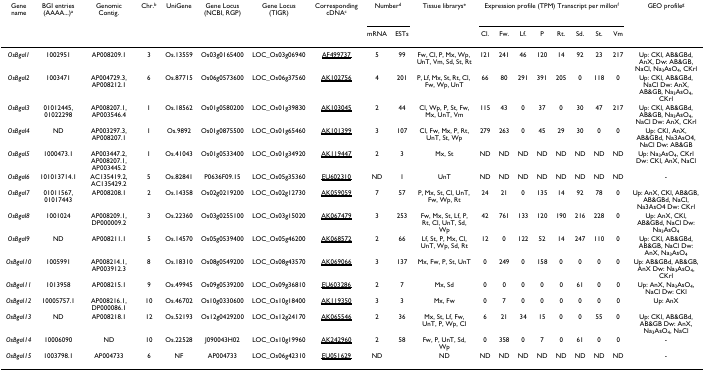
<table><thead><tr><td><b>Gene name</b></td><td><b>BGI entries (AAAA...)<sup>a</sup></b></td><td><b>Genomic Contig.</b></td><td><b>Chr.<sup>b</sup></b></td><td><b>UniGene</b></td><td><b>Gene Locus (NCBI, RGP)</b></td><td><b>Gene Locus (TIGR)</b></td><td><b>Corresponding cDNA<sup>c</sup></b></td><td colspan="2"><b>Number<sup>d</sup></b></td><td><b>Tissue librarys<sup>e</sup></b></td><td colspan="8"><b>Expression profile (TPM) Transcript per millon<sup>f</sup></b></td><td><b>GEO profile<sup>g</sup></b></td></tr><tr><td></td><td></td><td></td><td></td><td></td><td></td><td></td><td></td><td><b>mRNA</b></td><td><b>ESTs</b></td><td></td><td><b>Cl.</b></td><td><b>Fw.</b></td><td><b>Lf.</b></td><td><b>P</b></td><td><b>Rt.</b></td><td><b>Sd.</b></td><td><b>St.</b></td><td><b>Vm</b></td><td></td></tr></thead><tbody><tr><td><i>OsBgal1</i></td><td>1002951</td><td>AP008209.1</td><td>3</td><td>Os.13559</td><td>Os03g0165400</td><td>LOC_Os03g06940</td><td>AF499737</td><td>5</td><td>99</td><td>Fw, Cl, P, Mx, Wp, UnT, Vm, Sd, St, Rt</td><td>121</td><td>241</td><td>46</td><td>120</td><td>14</td><td>92</td><td>23</td><td>217</td><td>Up: CKl, AB&amp;GBd, AnX, Dw: AB&amp;GB, NaCl, Na<sub>3</sub>AsO<sub>4</sub>, CKrl</td></tr><tr><td><i>OsBgal2</i></td><td>1003471</td><td>AP004729.3, AP008212.1</td><td>6</td><td>Os.87715</td><td>Os06g0573600</td><td>LOC_Os06g37560</td><td>AK102756</td><td>4</td><td>201</td><td>P, Lf, Mx, St, Rt, Cl, Fw, Wp, UnT</td><td>66</td><td>80</td><td>291</td><td>391</td><td>205</td><td>0</td><td>118</td><td>0</td><td>Up: CKl, AB&amp;GBd, NaCl Dw: AnX, AB&amp;GB, Na<sub>3</sub>AsO<sub>4</sub>, CKrl</td></tr><tr><td><i>OsBgal3</i></td><td>01012445, 01022298</td><td>AP008207.1, AP003546.4</td><td>1</td><td>Os.18562</td><td>Os01g0580200</td><td>LOC_Os01g39830</td><td>AK103045</td><td>2</td><td>44</td><td>Cl, Wp, P, St, Fw, Mx, UnT, Vm</td><td>115</td><td>43</td><td>0</td><td>37</td><td>0</td><td>30</td><td>47</td><td>217</td><td>Up: CKl, AB&amp;GBd, AB&amp;GB, Na<sub>3</sub>AsO<sub>4</sub>, NaCl Dw: AnX, CKrl</td></tr><tr><td><i>OsBgal4</i></td><td>ND</td><td>AP003297.3, AP008207.1</td><td>1</td><td>Os.9892</td><td>Os01g0875500</td><td>LOC_Os01g65460</td><td>AK101399</td><td>3</td><td>107</td><td>Cl, Fw, Mx, P, Rt, UnT, St, Wp</td><td>279</td><td>263</td><td>0</td><td>45</td><td>29</td><td>30</td><td>0</td><td>0</td><td>Up: CKl, AnX, AB&amp;GBd, Na3AsO4, NaCl Dw: AB&amp;GB</td></tr><tr><td><i>OsBgal5</i></td><td>1000473.1</td><td>AP003447.2, AP008207.1, AP003445.2</td><td>1</td><td>Os.41043</td><td>Os01g0533400</td><td>LOC_Os01g34920</td><td>AK119447</td><td>2</td><td>3</td><td>Mx, St</td><td>ND</td><td>ND</td><td>ND</td><td>ND</td><td>ND</td><td>ND</td><td>ND</td><td>ND</td><td>Up: Na<sub>3</sub>AsO<sub>4</sub>, CKrl Dw: CKl, AnX, NaCl</td></tr><tr><td><i>OsBgal6</i></td><td>101013714.1</td><td>AC135419.2, AC135429.2</td><td>5</td><td>Os.82841</td><td>P0636F09.15</td><td>LOC_Os05g35360</td><td>EU602310</td><td>ND</td><td>1</td><td>UnT</td><td>ND</td><td>ND</td><td>ND</td><td>ND</td><td>ND</td><td>ND</td><td>ND</td><td>ND</td><td>-</td></tr><tr><td><i>OsBgal7</i></td><td>01011567, 01017443</td><td>AP008208.1</td><td>2</td><td>Os.14358</td><td>Os02g0219200</td><td>LOC_Os02g12730</td><td>AK059059</td><td>7</td><td>57</td><td>P, Mx, St, Cl, UnT, Fw, Wp, Rt</td><td>24</td><td>21</td><td>0</td><td>135</td><td>14</td><td>92</td><td>78</td><td>0</td><td>Up: AnX, CKl, AB&amp;GB, AB&amp;GBd, NaCl, Na3AsO4 Dw: CKrl</td></tr><tr><td><i>OsBgal8</i></td><td>1001024</td><td>AP008209.1, DP000009.2</td><td>3</td><td>Os.22360</td><td>Os03g0255100</td><td>LOC_Os03g15020</td><td>AK067479</td><td>3</td><td>253</td><td>Fw, Mx, St, Lf, P, Rt, Cl, UnT, Sd, Wp</td><td>42</td><td>761</td><td>133</td><td>120</td><td>190</td><td>216</td><td>228</td><td>0</td><td>Up: AnX, CKl, AB&amp;GBd, NaCl Dw: Na<sub>3</sub>AsO<sub>4</sub></td></tr><tr><td><i>OsBgal9</i></td><td>ND</td><td>AP008211.1</td><td>5</td><td>Os.14570</td><td>Os05g0539400</td><td>LOC_Os05g46200</td><td>AK068572</td><td>2</td><td>66</td><td>Lf, St, P, Mx, Cl, UnT, Wp, Sd, Rt</td><td>12</td><td>0</td><td>122</td><td>52</td><td>14</td><td>247</td><td>110</td><td>0</td><td>Up: CKl, AB&amp;GBd, AB&amp;GB, NaCl Dw: AnX, Na<sub>3</sub>AsO<sub>4</sub></td></tr><tr><td><i>OsBgal10</i></td><td>1005991</td><td>AP008214.1, AP003912.3</td><td>8</td><td>Os.18310</td><td>Os08g0549200</td><td>LOC_Os08g43570</td><td>AK069066</td><td>3</td><td>137</td><td>Mx, Fw, P, St, UnT</td><td>0</td><td>249</td><td>0</td><td>158</td><td>0</td><td>0</td><td>0</td><td>0</td><td>Up: AB&amp;GBd, AB&amp;GB, AnX Dw: Na<sub>3</sub>AsO<sub>4</sub>, CKrl</td></tr><tr><td><i>OsBgal11</i></td><td>1013958</td><td>AP008215.1</td><td>9</td><td>Os.49945</td><td>Os09g0539200</td><td>LOC_Os09g36810</td><td>EU603286</td><td>2</td><td>7</td><td>Mx, Sd</td><td>0</td><td>0</td><td>0</td><td>0</td><td>0</td><td>61</td><td>0</td><td>0</td><td>Up: AnX, Na<sub>3</sub>AsO<sub>4</sub>, NaCl Dw: CKl</td></tr><tr><td><i>OsBgal12</i></td><td>10005757.1</td><td>AP008216.1, DP000086.1</td><td>10</td><td>Os.46702</td><td>Os10g0330600</td><td>LOC_Os10g18400</td><td>AK119350</td><td>3</td><td>3</td><td>Mx, Fw</td><td>0</td><td>7</td><td>0</td><td>0</td><td>0</td><td>0</td><td>0</td><td>0</td><td>Up: AnX</td></tr><tr><td><i>OsBgal13</i></td><td>ND</td><td>AP008218.1</td><td>12</td><td>Os.52193</td><td>Os12g0429200</td><td>LOC_Os12g24170</td><td>AK065546</td><td>2</td><td>36</td><td>Mx, St, Lf, Fw, UnT, P, Wp, Cl</td><td>6</td><td>21</td><td>34</td><td>15</td><td>0</td><td>0</td><td>55</td><td>0</td><td>Up: CKl, AB&amp;GBd, AB&amp;GB Dw: AnX, Na<sub>3</sub>AsO<sub>4</sub>, NaCl</td></tr><tr><td><i>OsBgal14</i></td><td>10006090</td><td>ND</td><td>10</td><td>Os.22528</td><td>J090043H02</td><td>LOC_Os10g19960</td><td>AK242960</td><td>2</td><td>58</td><td>Fw, P, UnT, Sd, Wp</td><td>0</td><td>358</td><td>0</td><td>7</td><td>0</td><td>61</td><td>0</td><td>0</td><td>-</td></tr><tr><td><i>OsBgal15</i></td><td>1003798.1</td><td>AP004733</td><td>6</td><td>NF</td><td>AP004733</td><td>LOC_Os06g42310</td><td>EU051629</td><td>ND</td><td></td><td>ND</td><td>ND</td><td>ND</td><td>ND</td><td>ND</td><td>ND</td><td>ND</td><td>ND</td><td>ND</td><td>-</td></tr></tbody></table>